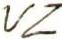
VZ